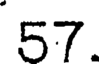
57.